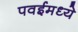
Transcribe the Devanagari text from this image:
पवईमध्ये